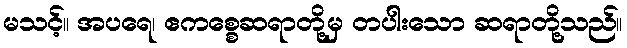
မသင့်။ အပရေ၊ ဧကစ္စေဆရာတို့မှ တပါးသော ဆရာတို့သည်။